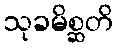
သုခမိစ္ဆတိ